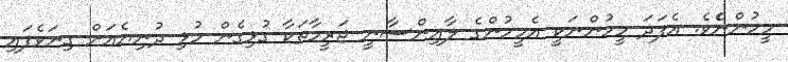
މީހުންނެެވެ. އެފަދަ މީހުންނަކީ އެމީހުންގެ ލާއިންސާނީ ޖަރީމާތަކާ ގުޅިގެން މުޅި ދުނިޔެއަށް ގިނަވެފައި